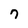
Character: 7